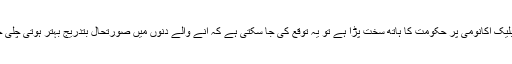
آج جبکہ بلیک اکانومی پر حکومت کا ہاتھ سخت پڑا ہے تو یہ توقع کی جا سکتی ہے کہ آنے والے دنوں میں صورتحال بتدریج بہتر ہوتی چلی جائے گی۔